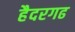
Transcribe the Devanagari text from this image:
हैदरगढ